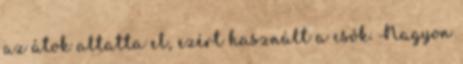
az átok altatta el, ezért használt a csók. Nagyon